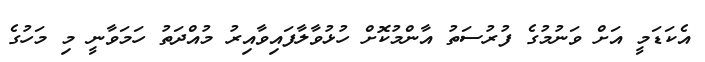
އެކަޑަމީ އަށް ވަނުމުގެ ފުރުސަތު އާންމުކޮށް ހުޅުވާލާފައިވާއިރު މުއްދަތު ހަމަވާނީ މި މަހުގެ